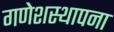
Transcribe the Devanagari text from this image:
गणेशस्थापना